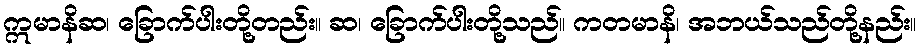
ဣမာနိဆ၊ ခြောက်ပါးတို့တည်း။ ဆ၊ ခြောက်ပါးတို့သည်။ ကတမာနိ၊ အဘယ်သည်တို့နည်း။